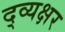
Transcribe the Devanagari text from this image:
द्व्यक्षर